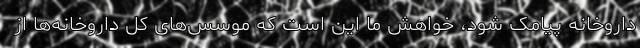
داروخانه پیامک شود، خواهش ما این است که موسس‌های کل داروخانه‌ها از